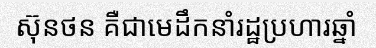
ស៊ុនថន គឺជាមេដឹកនាំរដ្ឋប្រហារឆ្នាំ